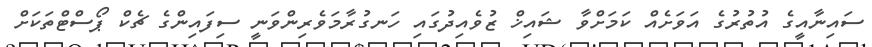
ސައިނާއީގެ އުތުރުގެ އަވަށެއް ކަމަށްވާ ޝައިޚް ޒުވެއިދުގައި ހަނގުރާމަވެރިންވަނީ ސިފައިންގެ ޗެކް ޕޯސްޓްތަކަށް